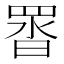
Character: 䍝